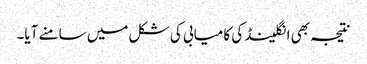
نتیجہ بھی انگلینڈ کی کامیابی کی شکل میں سامنے آیا۔